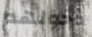
دخولهم